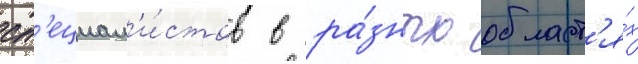
сп'ециал'и́стов в ра́зных област'я́х